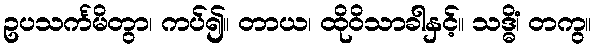
ဥပသင်္ကမိတွာ၊ ကပ်၍။ တာယ၊ ထိုဝိသာခါနှင့်။ သဒ္ဓိံ၊ တကွ။